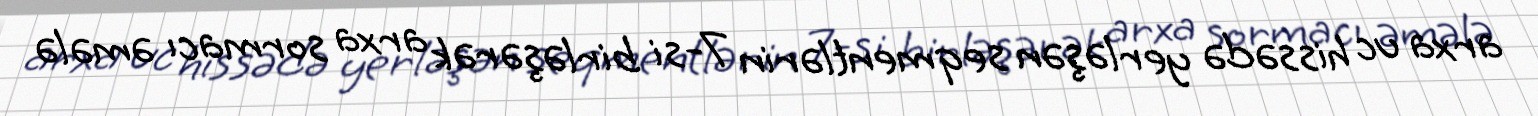
arxa uc hissədə yerləşən seqmentlərin 7-si birləşərək arxa sormacı əmələ